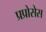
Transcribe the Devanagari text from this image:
प्रप्रोसेस